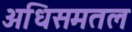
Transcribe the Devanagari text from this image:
अधिसमतल